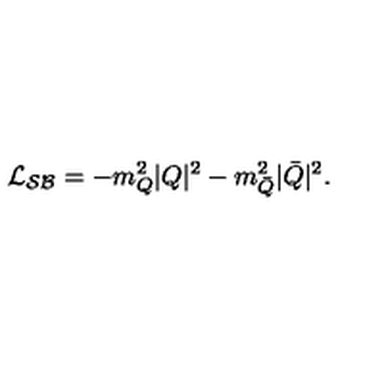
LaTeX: { \cal L _ { S B } } = - m _ { Q } ^ { 2 } | Q | ^ { 2 } - m _ { \bar { Q } } ^ { 2 } | \bar { Q } | ^ { 2 } .